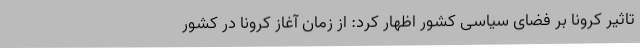
تاثیر کرونا بر فضای سیاسی کشور اظهار کرد: از زمان آغاز کرونا در کشور